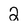
Character: 2